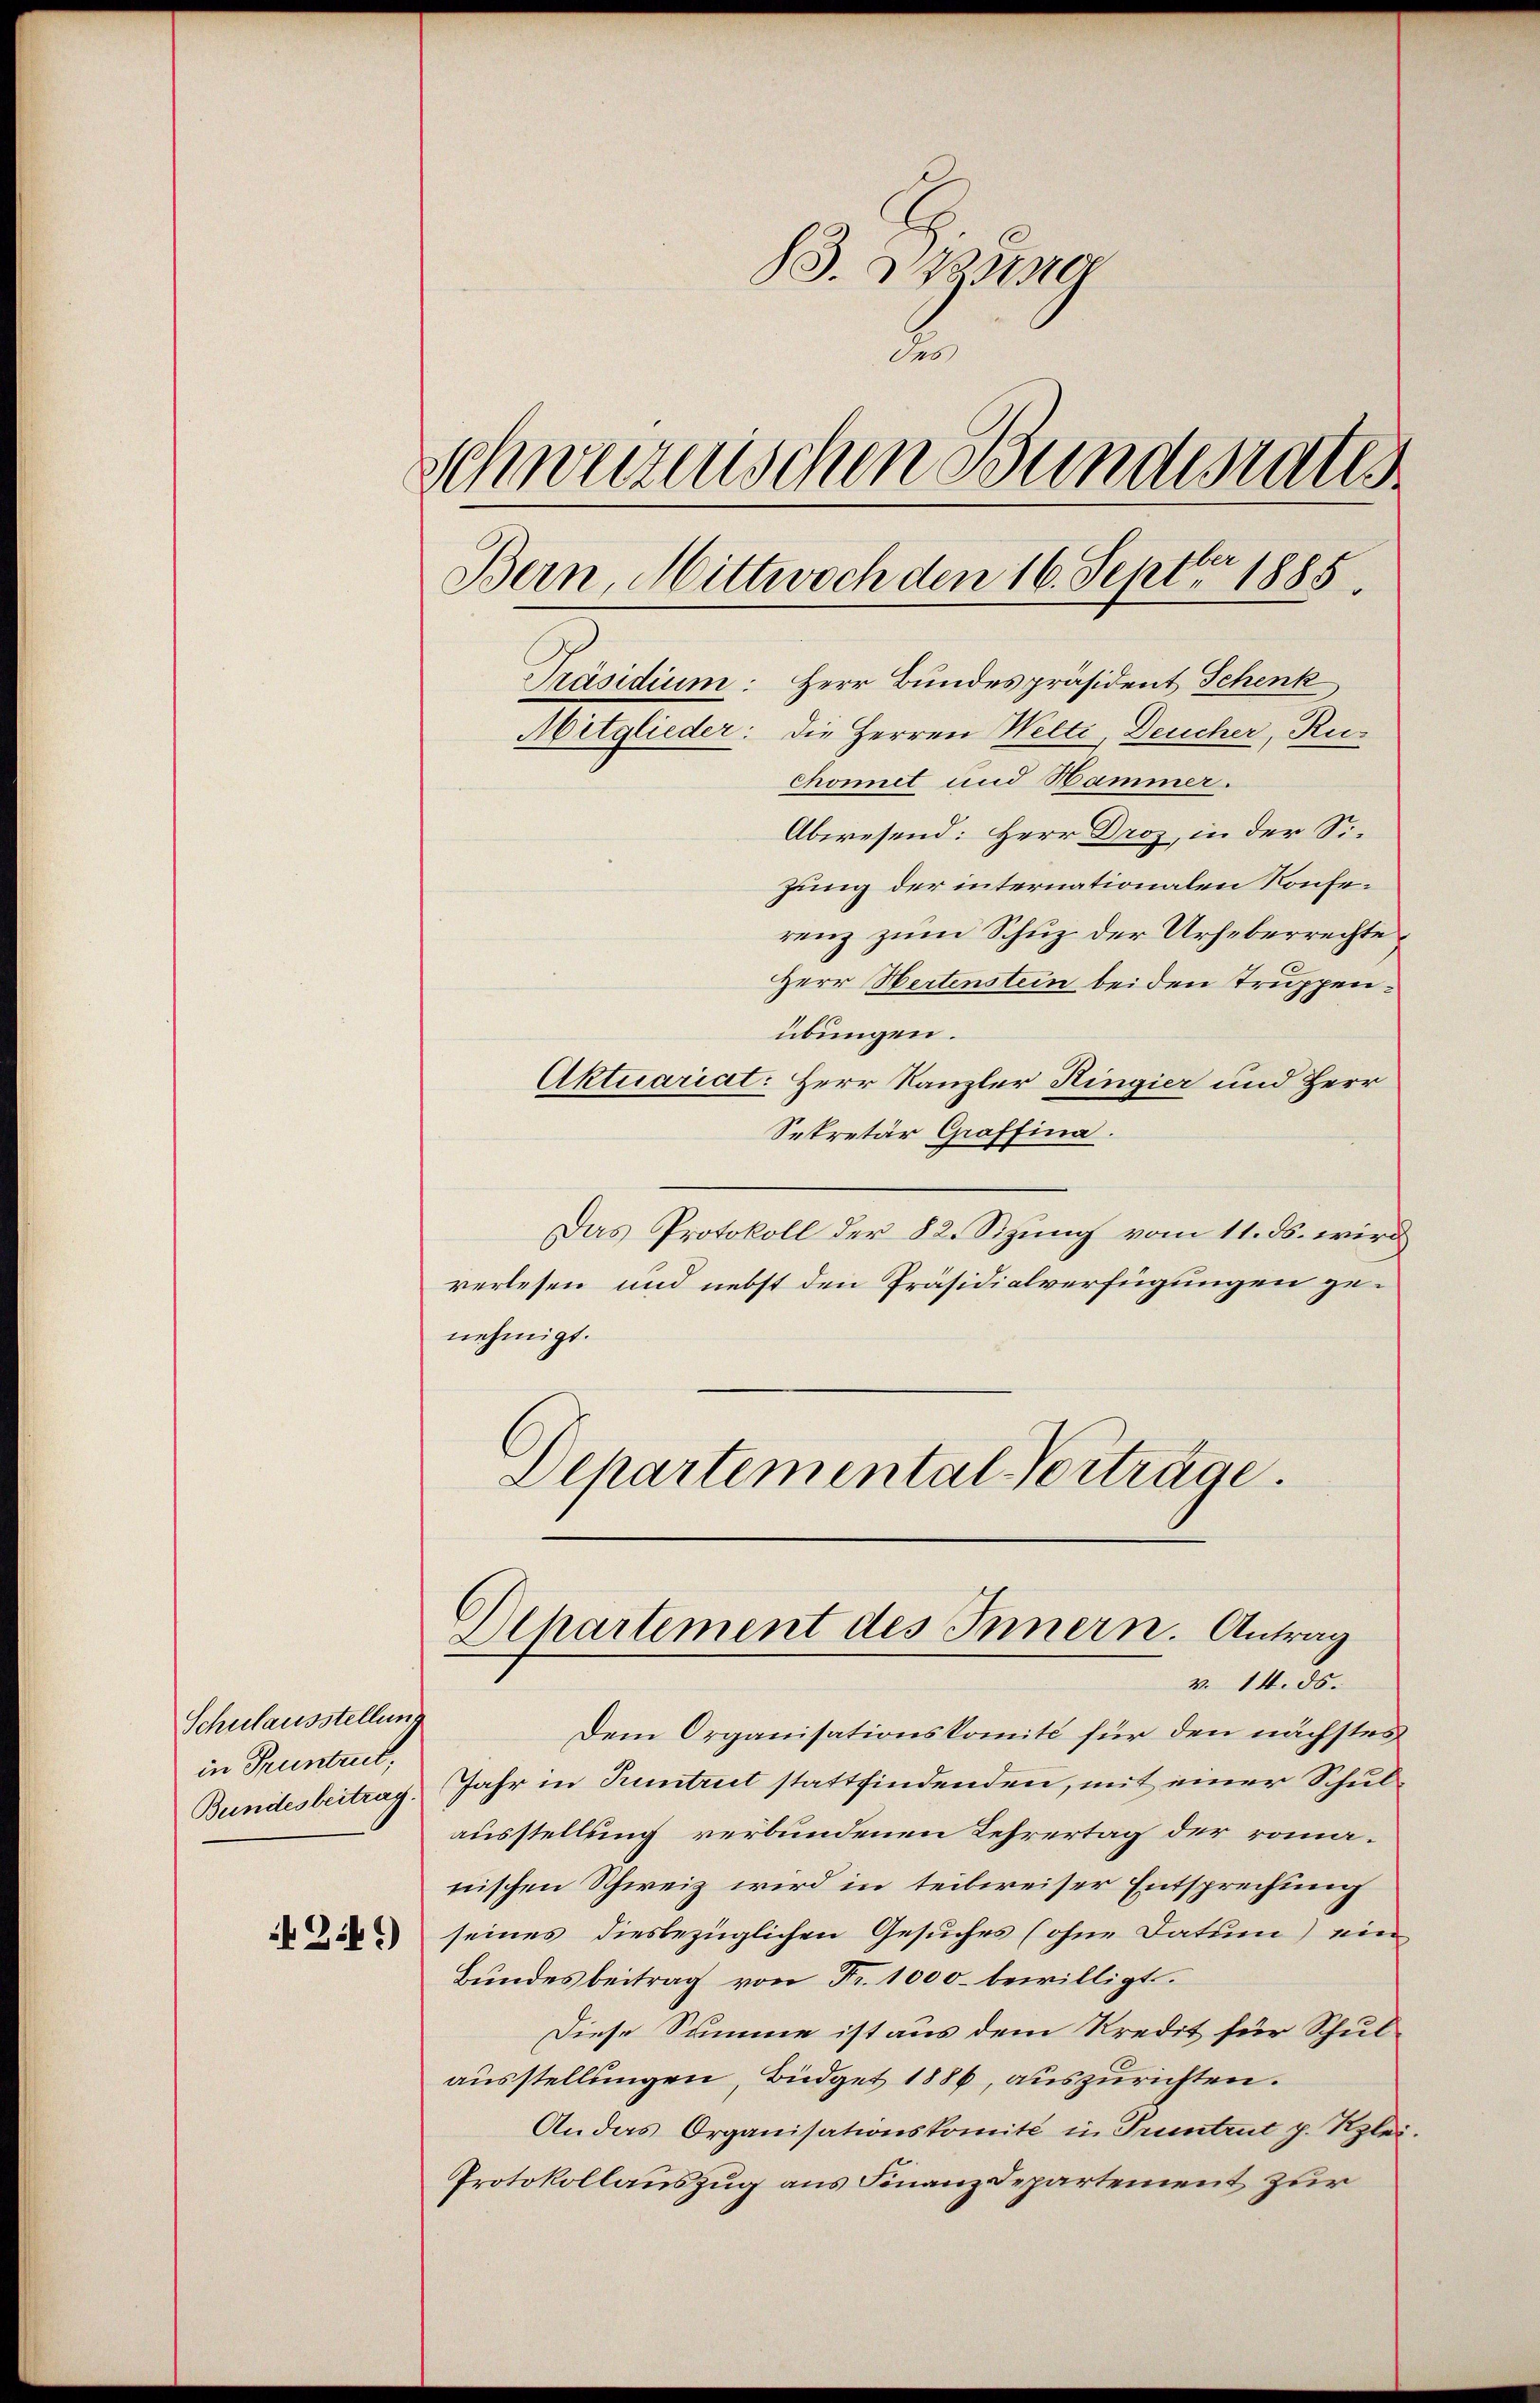
Schulausstellung
in Pruntrut,

83. eine
des
Schweizerischen Bundesrates
Bern, Hittwoch den 16. Sept. 1885.
Präsidium: Herr Bundespräsident Schenk
Mitglieder: Die Herren Welti, Deucher, Ruchonet und Hammer.
Abwesend: Herr Droz, in der Si¬

zung der internationalen Konferenz zum Schuz der Urheberrechte
Herr Hertenstein bei den Truppenübungen.
Aktuariat: Herr Kanzler Ringier und Herr
Sekretär Graffina.
Das Protokoll der 82. Sizung vom 11. ds. wird
verlesen und nebst den Präsidialverfügungen genehmigt.
Departemental Vorträge.

Departement des Innern. Antrag
v. 14. ds.

Dem Organisationskomité für den nächstes
Bundesbeitrag. Jahr in Tuntrut stattfindenden, mit einer Schulausstellung verbundenen Lehrertag der romanischen Schweiz wird in teilweiser Entsprechung
8 seines diesbezüglichen Gesuches (ohne Datum) ein
Bundesbeitrag von Fr. 1000. bewilligt.
Diese Summe ist aus dem Kredit für Schulausstellungen, Büdget 1886, auszurichten.
An das Organisationskomité in Trientrut p. Rzlei.
Protokollauszug aus Finanzdepartement zur